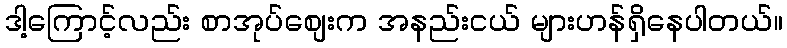
ဒါ့ကြောင့်လည်း စာအုပ်စျေးက အနည်းငယ် များဟန်ရှိနေပါတယ်။